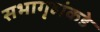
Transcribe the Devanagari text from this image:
सभागृहांकडे